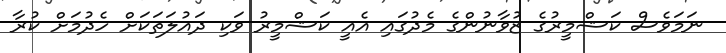
ނަމަވެސް ކަޝްމީރުގެ ޒުވާނުންގެ މެދުގައި އެއީ ކަޝްމީރު ވަކި ދައުލަތަކަށް ހެދުމަށް ކުރާ